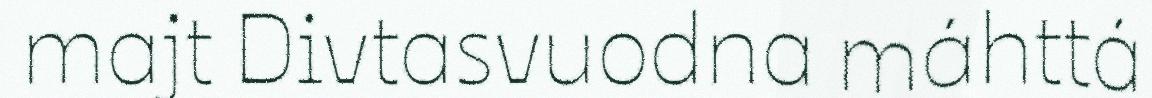
majt Divtasvuodna máhttá